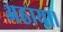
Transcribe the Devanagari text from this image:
अह्राया।